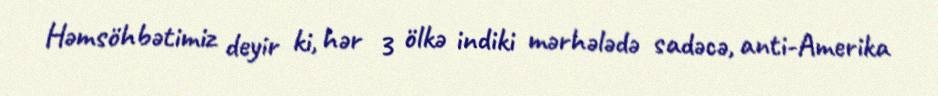
Həmsöhbətimiz deyir ki, hər 3 ölkə indiki mərhələdə sadəcə, anti-Amerika